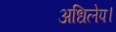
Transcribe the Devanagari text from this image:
अधिलेप।